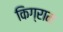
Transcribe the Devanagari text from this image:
किग्राम